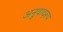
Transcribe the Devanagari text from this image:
अनुवादरूप